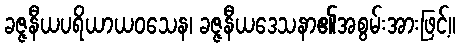
ခဇ္ဇနီယပရိယာယဝသေန၊ ခဇ္ဇနီယဒေသနာ၏အစွမ်းအားဖြင့်။